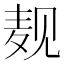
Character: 𪎉